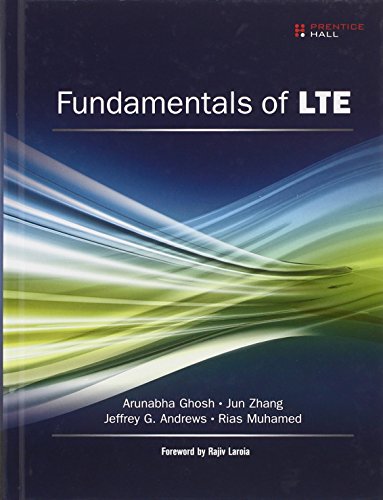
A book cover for Fundamentals of LTE (Prentice Hall Communications Engineering and Emerging Technologies Series from Ted Rappaport); Arunabha Ghosh; Crafts, Hobbies & Home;